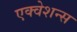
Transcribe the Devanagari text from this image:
एक्वेशन्स